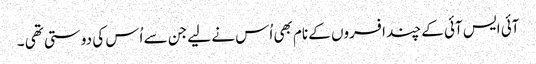
آئی ایس آئی کے چند افسروں کے نام بھی اُس نے لیے جن سے اُس کی دوستی تھی ۔